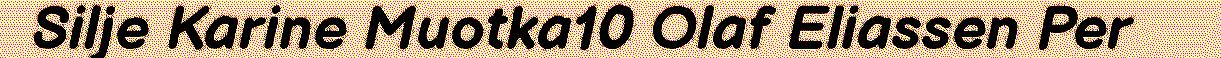
Silje Karine Muotka10 Olaf Eliassen Per